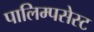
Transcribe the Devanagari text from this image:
पालिम्पसेस्ट